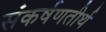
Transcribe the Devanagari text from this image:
संकर्षणतीर्थ